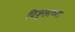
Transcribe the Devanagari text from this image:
पिङ्गलाच्या